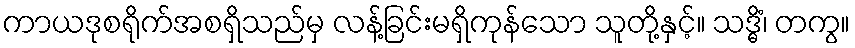
ကာယဒုစရိုက်အစရှိသည်မှ လန့်ခြင်းမရှိကုန်သော သူတို့နှင့်။ သဒ္ဓိံ၊ တကွ။